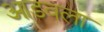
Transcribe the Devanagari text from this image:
आडवला